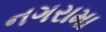
નગરામા